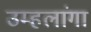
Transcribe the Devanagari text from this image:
उम्हलांगा